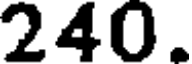
240.